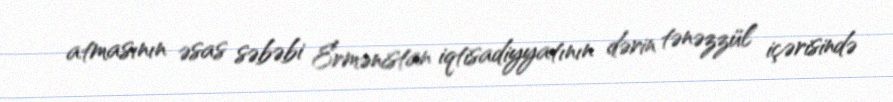
atmasının əsas səbəbi Ermənistan iqtisadiyyatının dərin tənəzzül içərisində